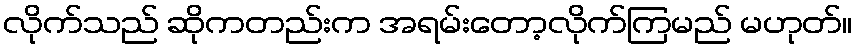
လိုက်သည် ဆိုကတည်းက အရမ်းတော့လိုက်ကြမည် မဟုတ်။